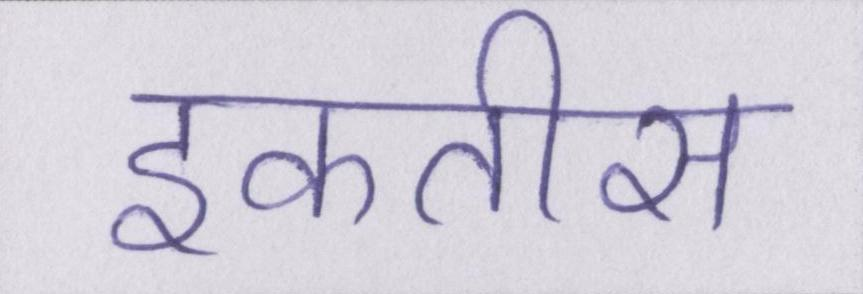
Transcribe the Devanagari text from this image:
इकतीस